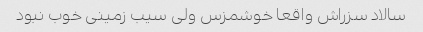
سالاد سزراش واقعا خوشمزس ولی سیب زمینی خوب نبود